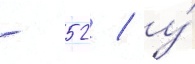
- 52 / у́